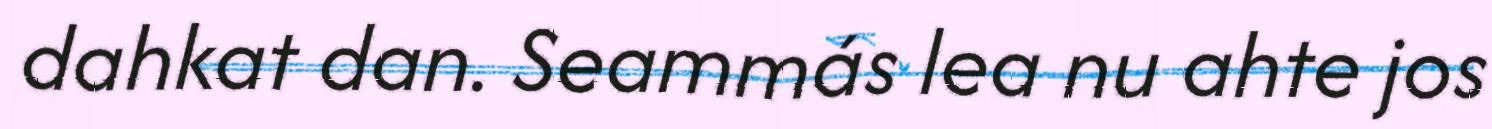
dahkat dan. Seammás lea nu ahte jos